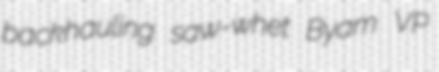
backhauling saw-whet Byam VP